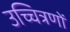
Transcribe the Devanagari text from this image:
उच्चित्रणों